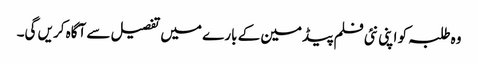
وہ طلبہ کو اپنی نئی فلم پیڈمین کے بارے میں تفصیل سے آگاہ کریں گی۔